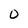
Character: 0